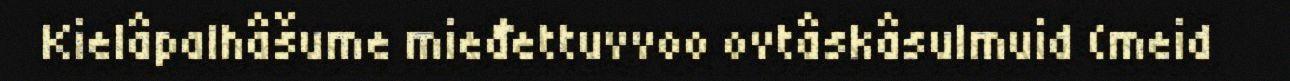
Kielâpalhâšume mieđettuvvoo ovtâskâsulmuid (meid